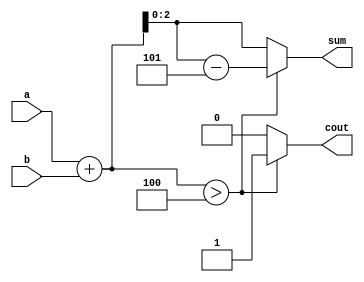
module penta_adder(a,b,sum,cout);
  input [2:0] a,b;
  output [2:0] sum; 
  output cout;
  
  wire gt;
  wire [2:0] b1,b2,sum; 
  wire [3:0] Y;
  wire cout;
  
  assign Y = a+b;
  
  
  assign gt = (Y>4); //if Y>4 then increment or decrement
  assign b1 = Y-5;
  assign b2 = Y;
  assign sum = gt ? b1 : b2; 
  assign cout = gt ? 1 : 0;
  
endmodule